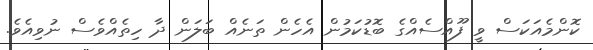
ކޮންމެއަކަސް ވީ ފޫއްސެއްގެ ބޮޑުކަމުން އެހެން ތަނެއް ބަލަން ދާ ހިތެއްވެސް ނުވިއެވެ.